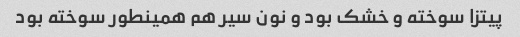
پیتزا سوخته و خشک بود و نون سیر هم همینطور سوخته بود